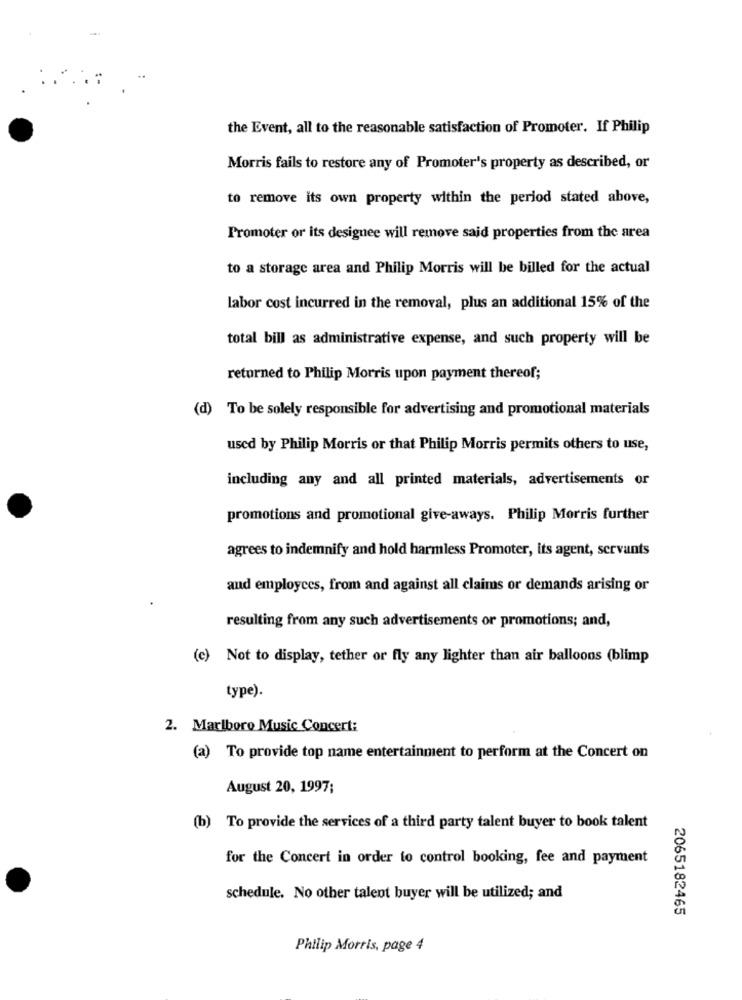
the Event, all to the reasonable satisfaction of Promoter. If Philip
Morris fails to restore any of Promoter's property as described, or
to remove its own property within the period stated above,
Promoter or its designee will remove said properties from the area
to a storage area and Philip Morris will be billed for the actual
labor cost incurred in the removal, plus an additional 15% of the
total bill as administrative expense, and such property will be
returned to Philip Morris upon payment thereof;
(d) To be solely responsible for advertising and promotional materials
used by Philip Morris or that Philip Morris permits others to use,
including any and all printed materials, advertisements or
promotions and promotional give-aways. Philip Morris further
agrees to indemnify and hold harmless Promoter, its agent, servants
and employees, from and against all claims or demands arising or
resulting from any such advertisements or promotions; and,
(c) Not to display, tether or fly any lighter than air balloons (blimp
type).
2. Marlboro Music Concert:
(a) To provide top name entertainment to perform at the Concert on
August 20, 1997;
(b) To provide the services of a third party talent buyer to book talent
for the Concert in order to control booking, fee and payment
schedule. No other talent buyer will be utilized; and
2065182465
Philip Morris, page 4